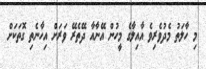
މި ހާލަތު މެދުވެރިވެ އާއިލާގެ މީހުން އޭނާއާ ދޭތެރޭ ވަރަށް އިހާނެތި ގޮތަކަށް